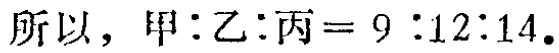
所以，甲:乙:丙 = 9 :12:14.